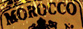
MOROCCO